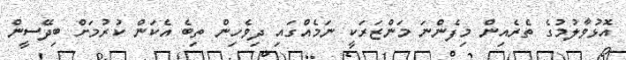
އޮޅުވާލުމުގެ ތެރެއިން މިފެންނަ މަންޒަރަކީ ނަމެއްގައި ދިވެހިން ތިބެ އެކަން ކުރުމަށް ބިދޭސީން